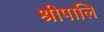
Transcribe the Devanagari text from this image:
श्रीपालि